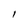
Character: 1